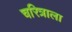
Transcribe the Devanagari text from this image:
चरित्राला